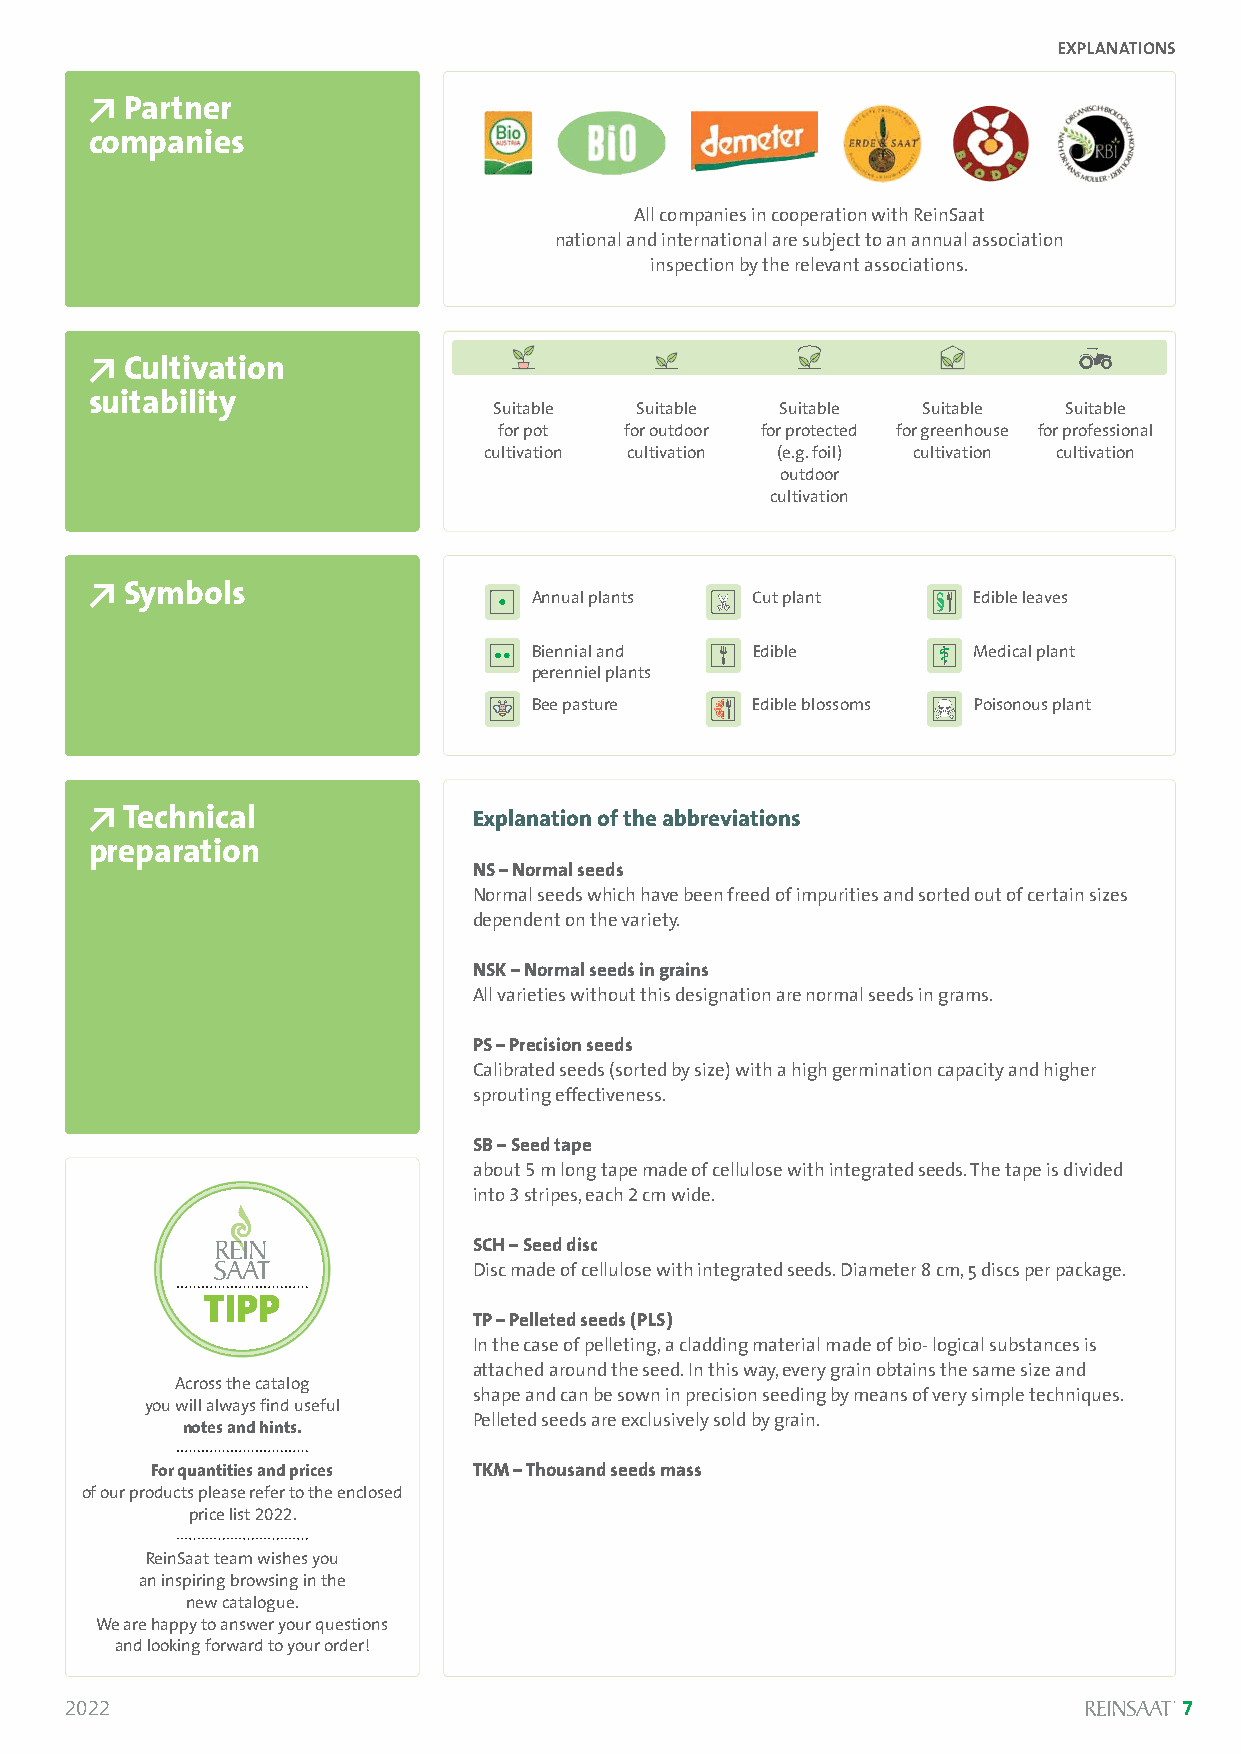
EXPLANATIONS
 Y
 Partner
 companies
 All companies in cooperation with ReinSaat
 national and international are subject to an annual association
 inspection by the relevant associations.
 Y
 Cultivation
 suitability
 Suitable Suitable  Suitable Suitable Suitable
 for pot for outdoor for protected for greenhouse for professional
 cultivation cultivation (e.g. foil) cultivation cultivation
 outdoor
 cultivation
 Y
 Symbols
 Annual plants  Cut plant     Edible leaves
 Biennial and   Edible        Medical plant
 perenniel plants
 Bee pasture    Edible blossoms Poisonous plant
 Y
 Technical              Explanation of the abbreviations
 preparation
 NS –Normal seeds
 Normal seeds which have been freed of impurities and sorted out of certain sizes
 dependent on the variety.
 NSK –Normal seeds in grains
 All varieties without this designation are normal seeds in grams.
 PS –Precision seeds
 Calibrated seeds (sorted by size) with a high germination capacity and higher
 sprouting effectiveness.
 SB –Seed tape
 about 5m long tape made of cellulose with integrated seeds. The tape is divided
 into 3stripes, each 2cm wide.
 SCH –Seed disc
 Disc made of cellulose with integrated seeds. Diameter 8 cm, 5 discs per package.
 TIPP
 TP –Pelleted seeds (PLS)
 In the case of pelleting, a cladding material made of bio- logical substances is
 attached around the seed. In this way, every grain obtains the same size and
 Across the catalog
 shape and can be sown in precision seeding by means of very simple techniques.
 you will always find useful
 Pelleted seeds are exclusively sold by grain.
 notes and hints.
 For quantities and prices TKM –Thousand seeds mass
 of our products please refer to the enclosed
 price list 2022.
 ReinSaat team wishes you
 an inspiring browsing in the
 new catalogue.
 We are happy to answer your questions
 and looking forward to your order!
 2022                                                                      7